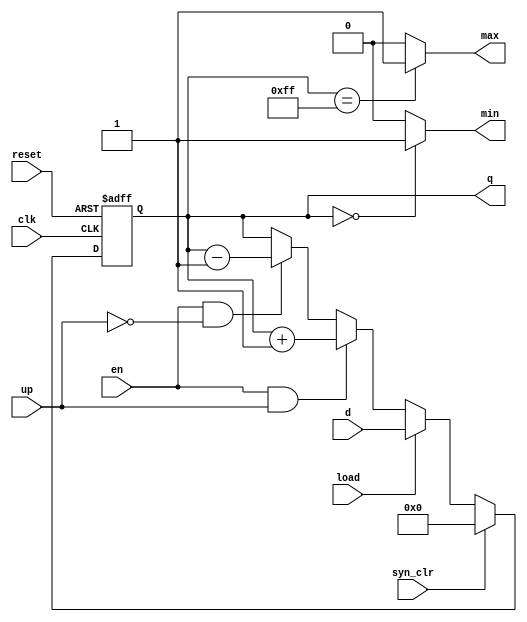
`timescale 1ns / 1ps
// Universal Counter


// syn_clr-->for Clear
// load-->for loading
// en-->for enable
// up--> for up count
// ~up--> for down count

module universal_counter #(parameter N = 8)(
  // Inputs
  input wire clk,     
  input wire reset,   
  input wire syn_clr, 
  input wire load,    
  input wire en,      
  input wire up,      
  input wire [N-1:0] d, 
  // Outputs
  output wire max,    
  output wire min,    
  output wire [N-1:0] q 
);
// Wire
reg [N-1:0] r_reg, r_next; 

// Resetleme Blogu
always @(posedge clk or posedge reset) begin
  if (reset) begin
    r_reg <= 0; 
  end else begin
    r_reg <= r_next; 
  end
end


always @(*) begin
  if (syn_clr) begin
    r_next = 0; 
  end else if (load) begin
    r_next = d; 
  end else if (en & up) begin
    r_next = r_reg + 1; 
  end else if (en & ~up) begin
    r_next = r_reg - 1; 
  end else begin
    r_next = r_reg; 
  end
end


assign q = r_reg; 
assign max = (r_reg == (1 << N) - 1) ? 1'b1 : 1'b0; // Maksimum deger sarti
assign min = (r_reg == 0) ? 1'b1 : 1'b0; // Minimum deger sarti

endmodule